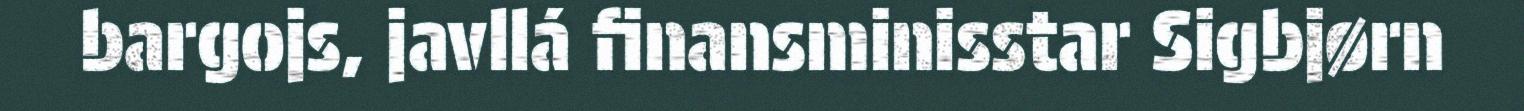
bargojs, javllá finansminisstar Sigbjørn